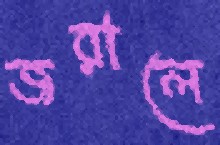
জরালে